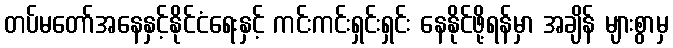
တပ်မတော်အနေနှင့်နိုင်ငံရေးနှင့် ကင်းကင်းရှင်းရှင်း နေနိုင်ဖို့ရန်မှာ အချိန် များစွာမှ